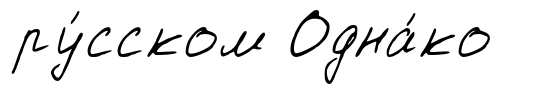
ру́сском Одна́ко